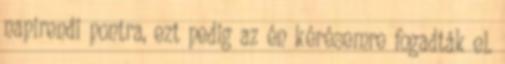
napirendi pontra, ezt pedig az én kérésemre fogadták el.